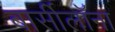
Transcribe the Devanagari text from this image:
बार्सीलॉना